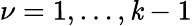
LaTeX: \nu=1,\ldots,\mathit{k}-1